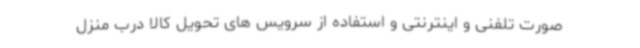
صورت تلفنی و اینترنتی و استفاده از سرویس های تحویل کالا درب منزل